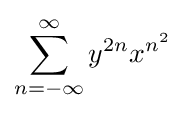
\sum _{n=-\infty }^{\infty }y^{2n}x^{n^{2}}